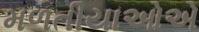
મળતીયાઓએ